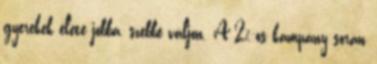
gyerekek élete jobbá, szebbé váljon. A 2%-os kampány során